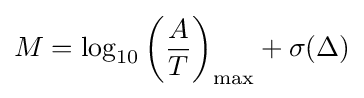
M=\log _{10}\left({\frac {A}{T}}\right)_{\text{max}}+\sigma (\Delta )